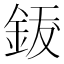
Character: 𨦐